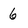
Character: 6